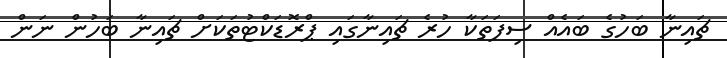
ޗައިނާ ބަހުގެ ބައެއް ސިފަތަކާ ހުރެ ޗައިނާގައި ޕްރޮޑަކްޓުތަކަށް ޗައިނާ ބަހުން ނަން